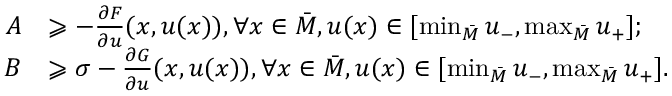
\begin{array} { r l } { A } & { \geqslant - \frac { \partial F } { \partial u } ( x , u ( x ) ) , \forall x \in \bar { M } , u ( x ) \in [ \operatorname* { m i n } _ { \bar { M } } u _ { - } , \operatorname* { m a x } _ { \bar { M } } u _ { + } ] ; } \\ { B } & { \geqslant \sigma - \frac { \partial G } { \partial u } ( x , u ( x ) ) , \forall x \in \bar { M } , u ( x ) \in [ \operatorname* { m i n } _ { \bar { M } } u _ { - } , \operatorname* { m a x } _ { \bar { M } } u _ { + } ] . } \end{array}